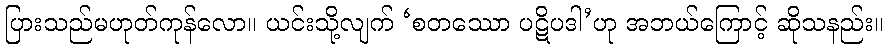
ပြားသည်မဟုတ်ကုန်လော။ ယင်းသို့လျက် ‘စတဿော ပဋိပဒါ’ဟု အဘယ်ကြောင့် ဆိုသနည်း။